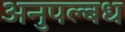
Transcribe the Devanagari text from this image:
अनुपल्बध